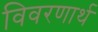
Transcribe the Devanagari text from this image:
विवरणार्थ